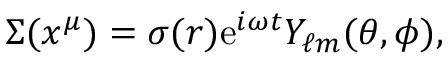
\Sigma ( x ^ { \mu } ) = \sigma ( r ) \mathrm { e } ^ { i \omega t } Y _ { \ell m } ( \theta , \phi ) ,